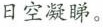
日空凝睇。